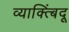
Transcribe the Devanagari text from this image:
व्याक्त्बिंदू